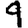
Digit: 9